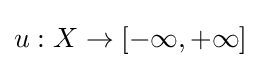
u:X\to [-\infty ,+\infty ]